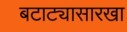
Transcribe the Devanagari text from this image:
बटाट्यासारखा